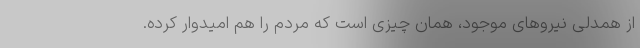
از همدلی نیروهای موجود، همان چیزی است که مردم را هم امیدوار کرده.